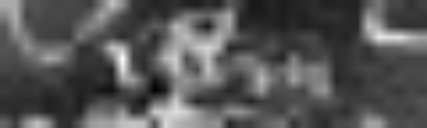
ibidem